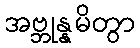
အဗ္ဘုန္နမိတွာ